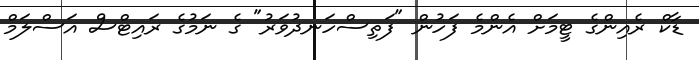
ޑާކް ރެއިންގެ ޓީމަށް އެންމެ ފަހުން "ފަތިސްހަނދުވަރު" ގެ ނަމުގެ ރައިޓްސް އަސްލަމް